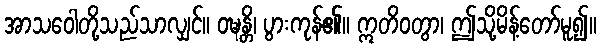
အာသဝေါတို့သည်သာလျှင်။ ဝဍ္ဎန္တိ၊ ပွားကုန်၏။ ဣတိဝတွာ၊ ဤသို့မိန့်တော်မူ၍။